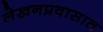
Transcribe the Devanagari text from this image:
लेखनप्रवासात